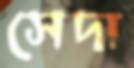
সেদা